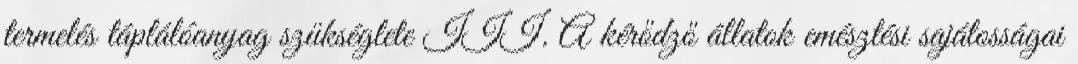
termelés táplálóanyag szükséglete III. A kérődző állatok emésztési sajátosságai